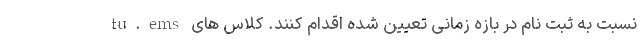
tu.ems نسبت به ثبت نام در بازه زمانی تعیین شده اقدام کنند. کلاس های